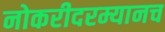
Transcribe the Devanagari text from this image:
नोकरीदरम्यानच